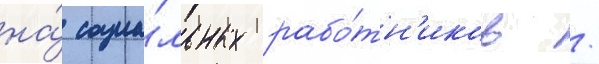
на́ социа́льных рабо́тн'иков /